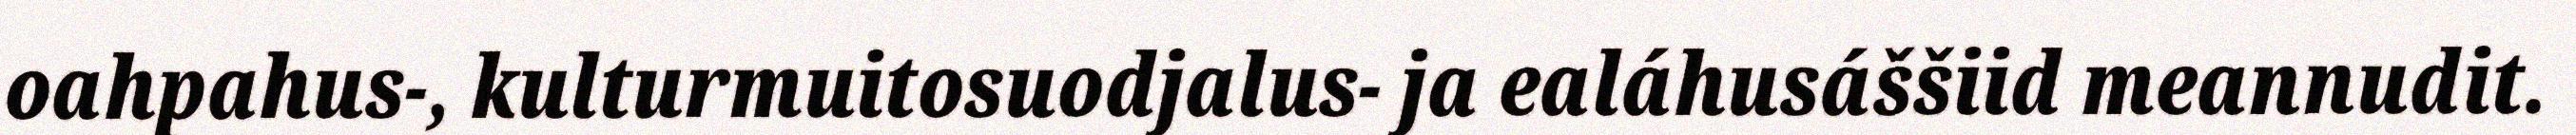
oahpahus-, kulturmuitosuodjalus- ja ealáhusáššiid meannudit.